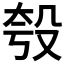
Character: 𪵈